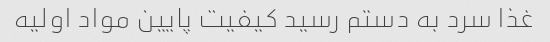
غذا سرد به دستم رسید کیفیت پایین مواد اولیه